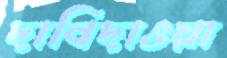
দাবিদাওয়া